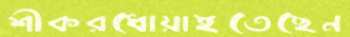
শীকরধোয়াইতেছেন